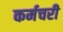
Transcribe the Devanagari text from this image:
कर्मचरी